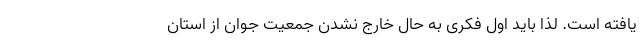
یافته است. لذا باید اول فکری به حال خارج نشدن جمعیت جوان از استان